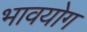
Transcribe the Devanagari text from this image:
भावयोग